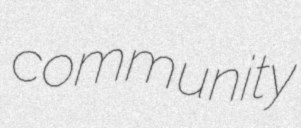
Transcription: community